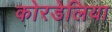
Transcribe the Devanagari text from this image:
कोरडेलिया